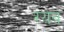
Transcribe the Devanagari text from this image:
रयब